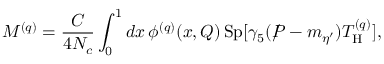
{ \cal M } ^ { ( q ) } = \frac { C } { 4 N _ { c } } \int _ { 0 } ^ { 1 } d x \, \phi ^ { ( q ) } ( x , Q ) \, \mathrm { S p } [ \gamma _ { 5 } ( \rlap / P - m _ { \eta ^ { \prime } } ) T _ { \mathrm { H } } ^ { ( q ) } ] ,